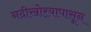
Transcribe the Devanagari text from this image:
नदीखोर्‍यापासून